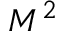
M ^ { 2 }